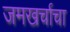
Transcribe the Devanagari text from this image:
जमखर्चाचा